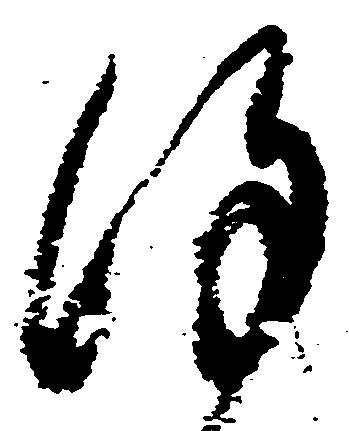
謹